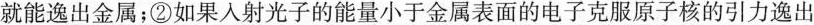
就能逸出金属；②如果入射光子的能量小于金属表面的电子克服原子核的引力逸出